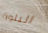
البلوزة